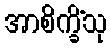
အာစိက္ခိံသု